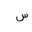
Letter: _sin